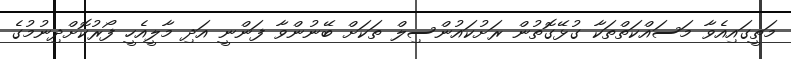
މަތީގައިއެވާ މަސައްކަތްތަކާ ގުޅޭގޮތުން ރަށުކައުންސިލް ތަކަށް ބޭނުންވާ ފަންނީ އަދި މާލީއެހީ ފޯރުކޮށްދިނުމުގެ